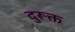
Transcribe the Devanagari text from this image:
दुरूक्त